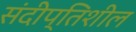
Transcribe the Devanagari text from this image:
संदीप्तिशील